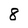
Character: 8